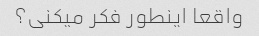
واقعا اینطور فکر میکنی؟